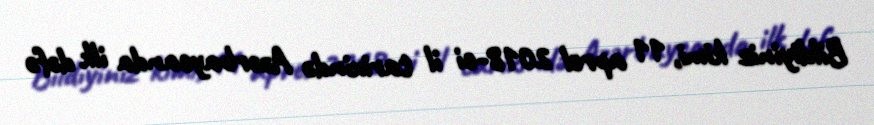
Bildiyiniz kimi, 11 aprel 2018-ci il tarixində Azərbaycanda ilk dəfə